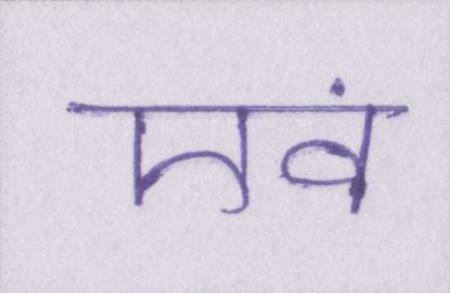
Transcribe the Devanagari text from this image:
एवं